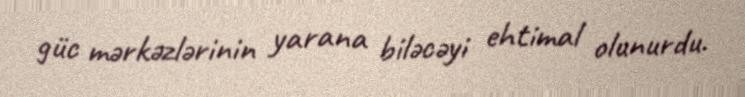
güc mərkəzlərinin yarana biləcəyi ehtimal olunurdu.